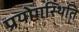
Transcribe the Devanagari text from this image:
प्रयोगस्थिति